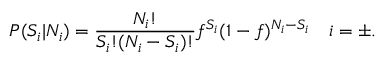
P ( S _ { i } | N _ { i } ) = \frac { N _ { i } ! } { S _ { i } ! ( N _ { i } - S _ { i } ) ! } f ^ { S _ { i } } ( 1 - f ) ^ { N _ { i } - S _ { i } } ~ ~ ~ i = \pm .